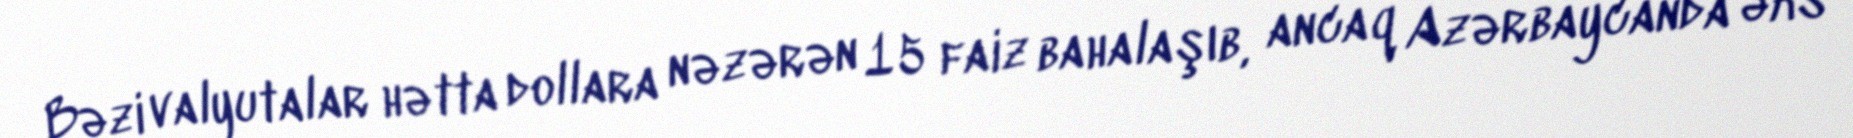
Bəzi valyutalar hətta dollara nəzərən 15 faiz bahalaşıb, ancaq Azərbaycanda əks